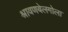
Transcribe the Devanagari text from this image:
श्रावणबेलगोला